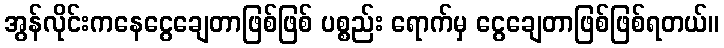
အွန်လိုင်းကနေငွေချေတာဖြစ်ဖြစ် ပစ္စည်း ရောက်မှ ငွေချေတာဖြစ်ဖြစ်ရတယ်။